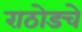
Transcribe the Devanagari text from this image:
राठोडचे